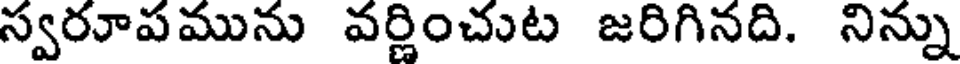
స్వరూపమును వర్ణించుట జరిగినది. నిన్ను